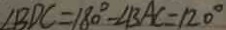
\angle B D C = 1 8 0 ^ { \circ } - \angle B A C = 1 2 0 ^ { \circ }